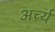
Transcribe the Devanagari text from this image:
अर्च्य